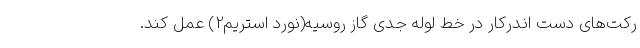
رکت‌های دست اندرکار در خط لوله جدی گاز روسیه(نورد استریم2) عمل کند.